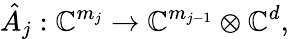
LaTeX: \hat{A}_{j}:\mathbb{C}^{m_{j}}\to\mathbb{C}^{m_{j-1}}\otimes\mathbb{C}^{d},